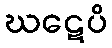
ဃဋေပိ